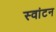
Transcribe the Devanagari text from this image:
स्वांटन